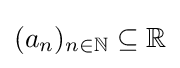
(a_{n})_{n\in \mathbb {N} }\subseteq \mathbb {R}